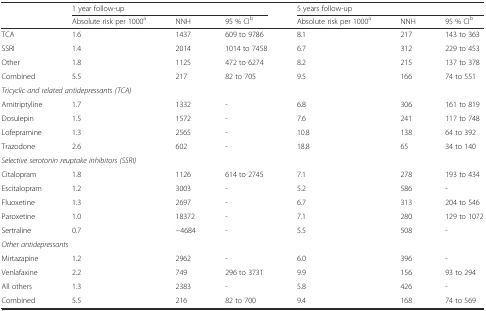
|  | <COLSPAN=3> 1 year follow-up | <COLSPAN=3> 5 years follow-up |
 |  | Absolute risk per 1000a | NNH | 95 % CIb | Absolute risk per 1000a | NNH | 95 % CIb |
 | --- | --- | --- | --- | --- | --- | --- |
 | TCA | 1.6 | 1437 | 609 to 9786 | 8.1 | 217 | 143 to 363 |
 | SSRI | 1.4 | 2014 | 1014 to 7458 | 6.7 | 312 | 229 to 453 |
 | Other | 1.8 | 1125 | 472 to 6274 | 8.2 | 215 | 137 to 378 |
 | Combined | 5.5 | 217 | 82 to 705 | 9.5 | 166 | 74 to 551 |
 | <COLSPAN=4> Tricyclic and related antidepressants (TCA) |  |  |  |
 | Amitriptyline | 1.7 | 1332 | - | 6.8 | 306 | 161 to 819 |
 | Dosulepin | 1.5 | 1572 | - | 7.6 | 241 | 117 to 748 |
 | Lofepramine | 1.3 | 2565 | - | 10.8 | 138 | 64 to 392 |
 | Trazodone | 2.6 | 602 | - | 18.8 | 65 | 34 to 140 |
 | <COLSPAN=4> Selective serotonin reuptake inhibitors (SSRI) |  |  |  |
 | Citalopram | 1.8 | 1126 | 614 to 2745 | 7.1 | 278 | 193 to 434 |
 | Escitalopram | 1.2 | 3003 | - | 5.2 | 586 | - |
 | Fluoxetine | 1.3 | 2697 | - | 6.7 | 313 | 204 to 546 |
 | Paroxetine | 1.0 | 18372 | - | 7.1 | 280 | 129 to 1072 |
 | Sertraline | 0.7 | −4684 | - | 5.5 | 508 | - |
 | <COLSPAN=4> Other antidepressants |  |  |  |
 | Mirtazapine | 1.2 | 2962 | - | 6.0 | 396 | - |
 | Venlafaxine | 2.2 | 749 | 296 to 3731 | 9.9 | 156 | 93 to 294 |
 | All others | 1.3 | 2383 | - | 5.8 | 426 | - |
 | Combined | 5.5 | 216 | 82 to 700 | 9.4 | 168 | 74 to 569 |